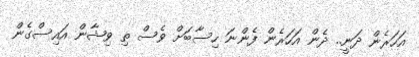
އަހަރެން ދަނީ.. ދެން އަހަރެން ފެންނަ ހިސާބަށް ވެސް ތި ވިޝާން އައިސްގެން